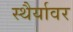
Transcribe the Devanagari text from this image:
स्थैर्यावर